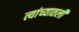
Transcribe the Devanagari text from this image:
त्यांच्यातली